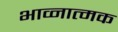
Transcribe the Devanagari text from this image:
भाव्नात्मक